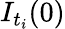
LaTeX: I_{t_{i}}(0)